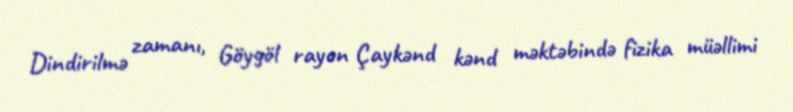
Dindirilmə zamanı, Göygöl rayon Çaykənd kənd məktəbində fizika müəllimi